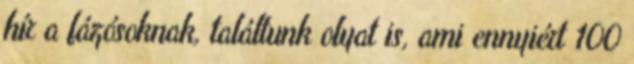
hír a fázósoknak, találtunk olyat is, ami ennyiért 100